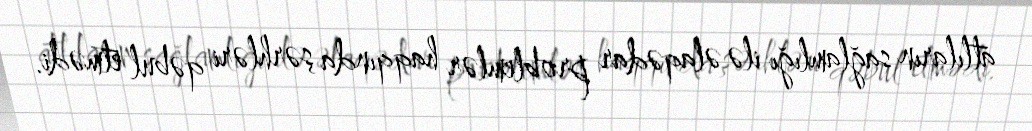
atlıların sağlamlığı ilə əlaqədar problemlər haqqında şərhləri qəbul etmədi.